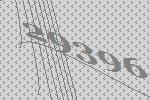
29396